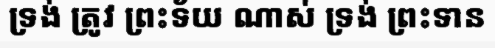
ទ្រង់ ត្រូវ ព្រះទ័យ ណាស់ ទ្រង់ ព្រះទាន